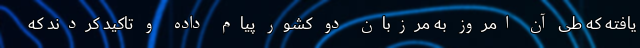
یافته که طی آن امروز به مرزبان دو کشور پیام داده و تاکید کردند که